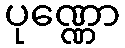
ပုဏ္ဏော